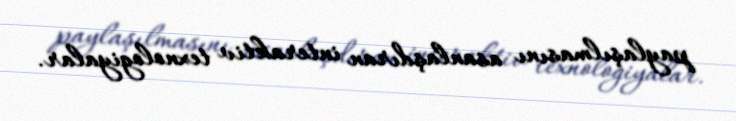
paylaşılmasını asanlaşdıran interaktiv texnologiyalar.